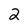
Character: 2